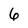
Character: 6